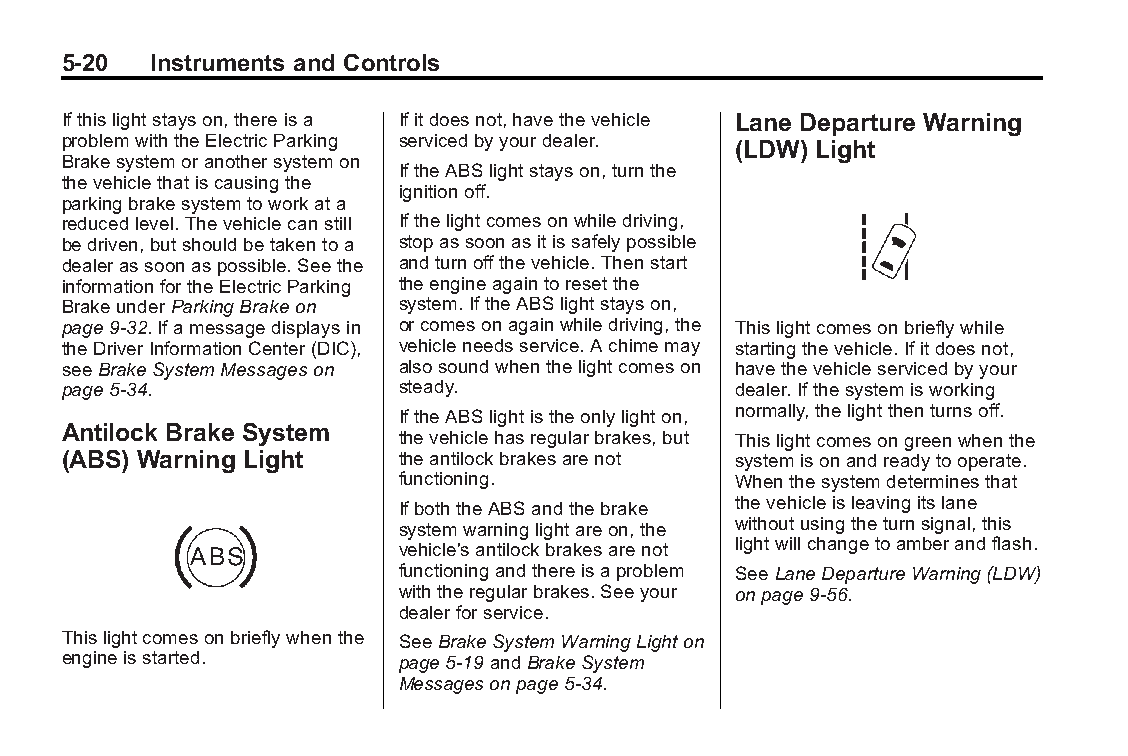
Buick LaCrosse Owner Manual (GMNA-Localizing-U.S./Canada/Mexico- Blackplate(20,1)
 6043609)-2014-2ndEdition-10/17/13
 5-20  Instruments and Controls
 Ifthislightstayson,thereisa Ifitdoesnot,havethevehicle Lane Departure Warning
 problemwiththeElectricParking servicedbyyourdealer.
 (LDW) Light
 Brakesystemoranothersystemon
 IftheABSlightstayson,turnthe
 thevehiclethatiscausingthe
 ignitionoff.
 parkingbrakesystemtoworkata
 reducedlevel.Thevehiclecanstill Ifthelightcomesonwhiledriving,
 bedriven,butshouldbetakentoa stopassoonasitissafelypossible
 dealerassoonaspossible.Seethe andturnoffthevehicle.Thenstart
 informationfortheElectricParking theengineagaintoresetthe
 BrakeunderParkingBrakeon system.IftheABSlightstayson,
 page9-32.Ifamessagedisplaysin orcomesonagainwhiledriving,the Thislightcomesonbrieflywhile
 theDriverInformationCenter(DIC), vehicleneedsservice.Achimemay startingthevehicle.Ifitdoesnot,
 seeBrakeSystemMessageson alsosoundwhenthelightcomeson havethevehicleservicedbyyour
 page5-34.             steady.               dealer.Ifthesystemisworking
 IftheABSlightistheonlylighton, normally,thelightthenturnsoff.
 Antilock Brake System
 thevehiclehasregularbrakes,but Thislightcomesongreenwhenthe
 (ABS) Warning Light   theantilockbrakesarenot systemisonandreadytooperate.
 functioning.          Whenthesystemdeterminesthat
 IfboththeABSandthebrake thevehicleisleavingitslane
 systemwarninglightareon,the withoutusingtheturnsignal,this
 vehicle'santilockbrakesarenot lightwillchangetoamberandflash.
 functioningandthereisaproblem SeeLaneDepartureWarning(LDW)
 withtheregularbrakes.Seeyour onpage9-56.
 dealerforservice.
 Thislightcomesonbrieflywhenthe SeeBrakeSystemWarningLighton
 engineisstarted.      page5-19andBrakeSystem
 Messagesonpage5-34.